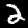
Digit: 2